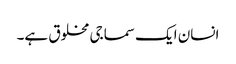
انسان ایک سماجی مخلوق ہے۔